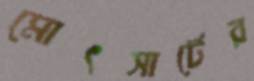
মোৎসার্টের